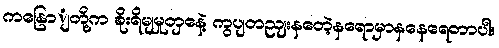
ကနြောျတို့က စိုးရိမျမှုတှနေဲ့ ကွပျတညျးနတေဲ့နရောမှာနနေရေတာပါ။